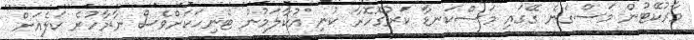
މާރުކޭޓުން މަސްގަނެ ގޭގައި މަސްކަނޑާ ކަރުގޮހޮރާ ކުނި އުކާލަމުން ޓެނިހަކަށްވެސް ނާރާހުރެ ކަލެއަށް